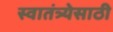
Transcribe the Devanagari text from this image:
स्वातंत्र्येसाठी